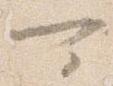
可